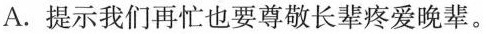
A.提示我们再忙也要尊敬长辈疼爱晚辈。